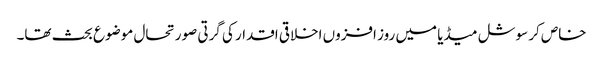
خاص کر سوشل میڈیا میں روز افزوں اخلاقی اقدار کی گرتی صورتحال موضوع بحث تھا۔